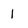
Character: 1